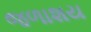
જળાશય